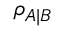
\rho _ { A | B }